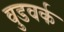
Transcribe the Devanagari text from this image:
वुडवर्क